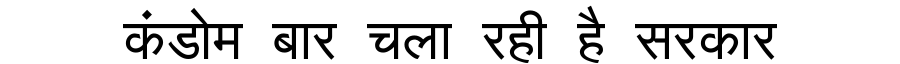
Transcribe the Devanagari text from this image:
कंडोम बार चला रही है सरकार